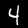
Digit: 4